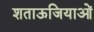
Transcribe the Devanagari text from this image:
शताऊजियाओं